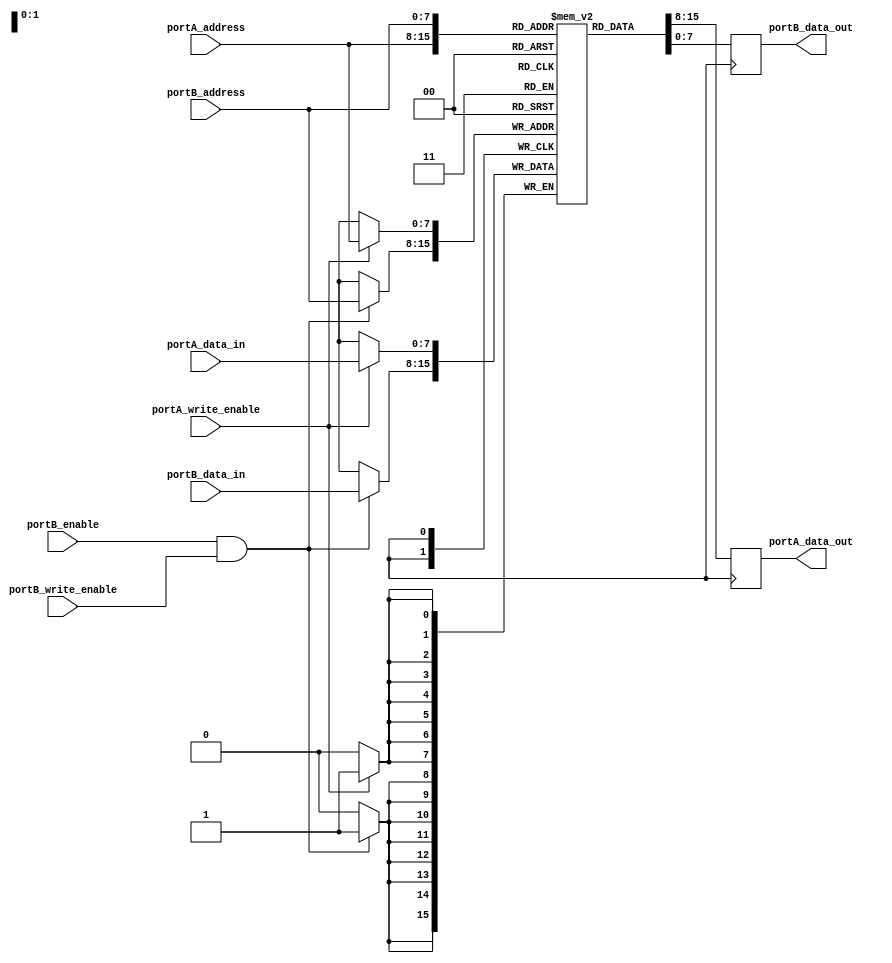
module dual_port_ram(
    input [7:0] portA_address,
    input [7:0] portA_data_in,
    input portA_write_enable,
    input portB_enable,
    input [7:0] portB_address,
    input [7:0] portB_data_in,
    input portB_write_enable,
    output [7:0] portA_data_out,
    output [7:0] portB_data_out
);

reg [7:0] memory [0:255];

always @ (posedge clock) begin
    if (portA_write_enable) begin
        memory[portA_address] <= portA_data_in;
    end

    if (portB_enable && portB_write_enable) begin
        memory[portB_address] <= portB_data_in;
    end

    portA_data_out <= memory[portA_address];
    portB_data_out <= memory[portB_address];
end

endmodule